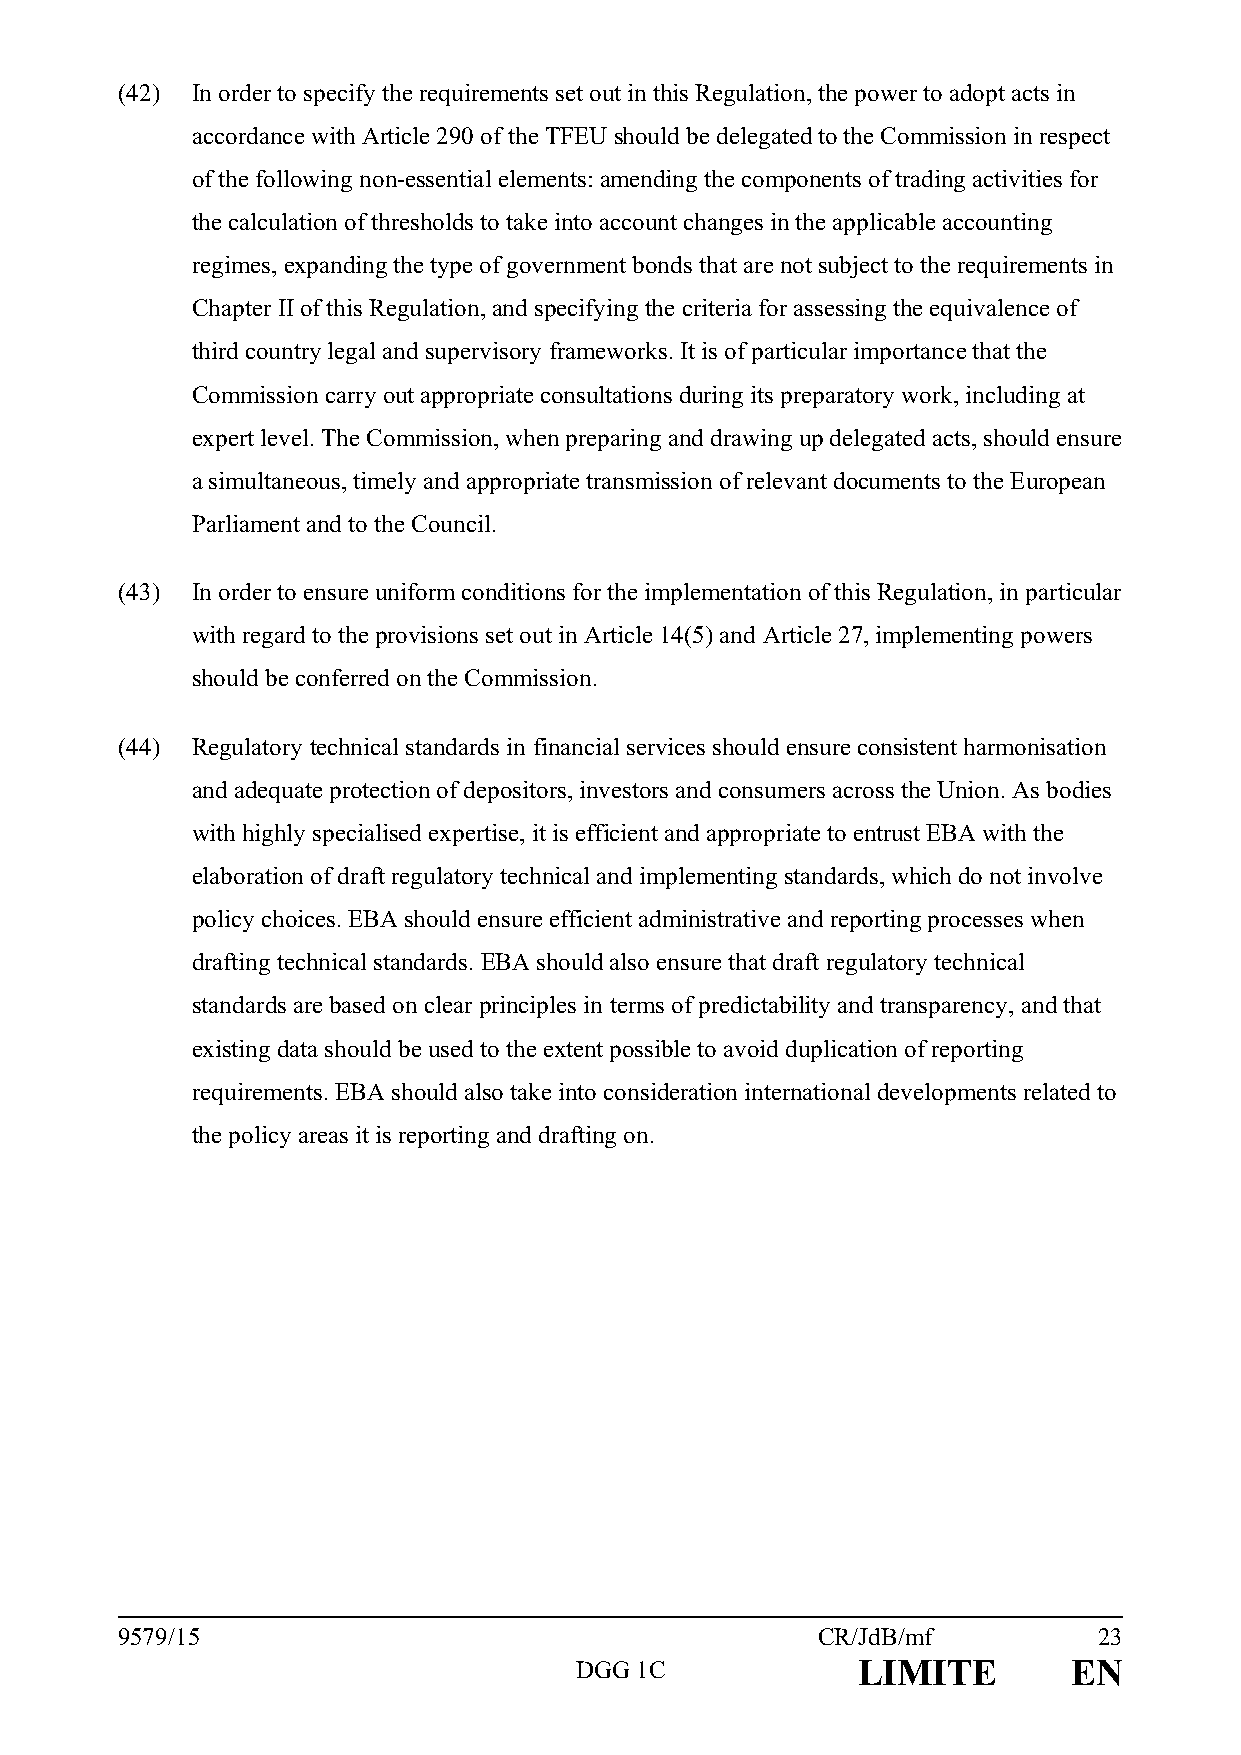
(42) In order to specify the requirements set out in this Regulation, the power to adopt acts in
 accordance with Article 290 of the TFEU should be delegated to the Commission in respect
 of the following non-essential elements: amending the components of trading activities for
 the calculation of thresholds to take into account changes in the applicable accounting
 regimes, expanding the type of government bonds that are not subject to the requirements in
 Chapter II of this Regulation, and specifying the criteria for assessing the equivalence of
 third country legal and supervisory frameworks. It is of particular importance that the
 Commission carry out appropriate consultations during its preparatory work, including at
 expert level. The Commission, when preparing and drawing up delegated acts, should ensure
 a simultaneous, timely and appropriate transmission of relevant documents to the European
 Parliament and to the Council.
 (43) In order to ensure uniform conditions for the implementation of this Regulation, in particular
 with regard to the provisions set out in Article 14(5) and Article 27, implementing powers
 should be conferred on the Commission.
 (44) Regulatory technical standards in financial services should ensure consistent harmonisation
 and adequate protection of depositors, investors and consumers across the Union. As bodies
 with highly specialised expertise, it is efficient and appropriate to entrust EBA with the
 elaboration of draft regulatory technical and implementing standards, which do not involve
 policy choices. EBA should ensure efficient administrative and reporting processes when
 drafting technical standards. EBA should also ensure that draft regulatory technical
 standards are based on clear principles in terms of predictability and transparency, and that
 existing data should be used to the extent possible to avoid duplication of reporting
 requirements. EBA should also take into consideration international developments related to
 the policy areas it is reporting and drafting on.
 9579/15                                       CR/JdB/mf          23
 DGG 1C             LIMITE        EN